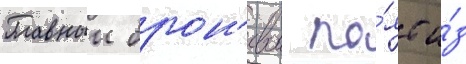
Главныи брон'евои по́яс и́з